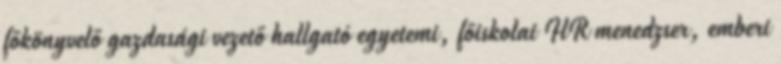
főkönyvelő gazdasági vezető hallgató egyetemi, főiskolai HR menedzser, emberi